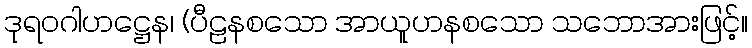
ဒုရဝဂါဟဋ္ဌေန၊ (ပီဠနစသော အာယူဟနစသော သဘောအားဖြင့်။